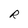
Character: R